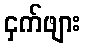
ငှက်ဖျား